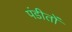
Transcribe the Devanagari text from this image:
पंडीतों